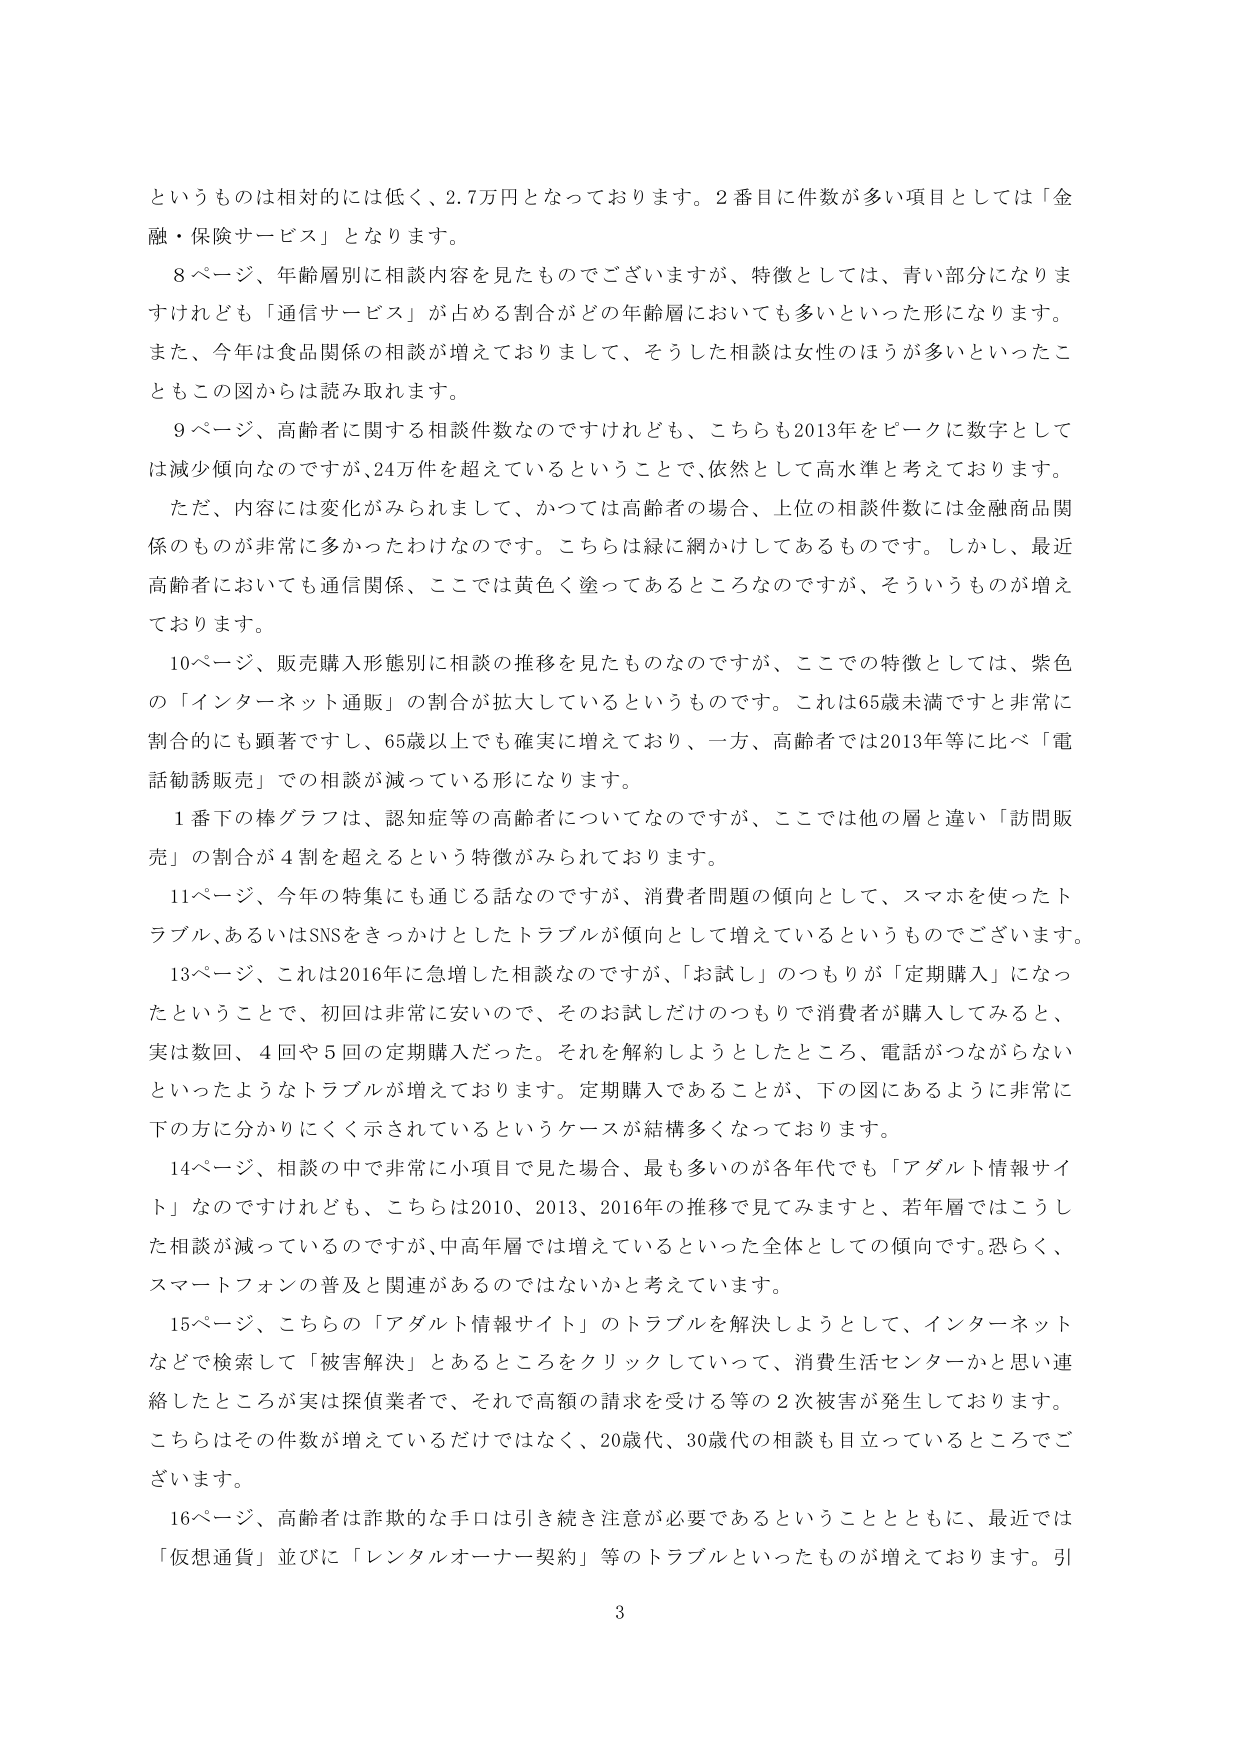
というものは相対的には低く、2.7万円となっております。2番目に件数が多い項目としては「金融・保険サービス」となります。

8ページ、年齢層別に相談内容を見たものでございますが、特徴としては、青い部分になりま
すけれども「通信サービス」が占める割合がどの年齢層においても多いといった形になります。
また、今年は食品関係の相談が増えておりまして、そうした相談は女性のほうが多いといったこ
ともこの図からは読み取れます。

9ページ、高齢者に関する相談件数なのですが、こちらも2013年をピークに数字としては減少傾向なのですが、24万件を超えているということで、依然として高水準と考えております。

ただ、内容には変化がみられまして、かつては高齢者の場合、上位の相談件数には金融商品関
係のものが非常に多かったわけなのです。こちらは緑に網かけしてあるものです。しかし、最近
高齢者においても通信関係、ここでは黄色く塗ってあるところなのですが、そういうものが増え
ております。

10ページ、販売購入形態別に相談の推移を見たものなのですが、ここでの特徴としては、紫色
の「インターネット通販」の割合が拡大しているというものです。これは65歳未満ですと非常に
割合的にも顕著ですし、65歳以上でも確実に増えており、一方、高齢者では2013年等に比べ「電
話勧誘販売」での相談が減っている形になります。

1番下の棒グラフは、認知症等の高齢者についてなのですが、ここでは他の層と違い「訪問販
売」の割合が4割を超えるという特徴がみられております。

11ページ、今年の特集にも通じる話なのですが、消費者問題の傾向として、スマホを使ったト
ラブル、あるいはSNSをきっかけとしたトラブルが傾向として増えているというものです。

13ページ、これは2016年に急増した相談なのですが、「お試し」のつもりが「定期購入」になっ
たということで、初回は非常に安いので、そのお試しだけのつもりで消費者が購入してみると、
実は数回、4回や5回の定期購入だった。それを解約しようとしたところ、電話がつながらない
といったようなトラブルが増えております。定期購入であることが、下の図にあるように非常に
下の方に分かりにくく示されているというケースが結構多くなっております。

14ページ、相談の中で非常に小項目で見た場合、最も多いのが各年代でも「アダルト情報サイ
ト」なのですが、こちらは2010、2013、2016年の推移を見てみますと、若年層ではこうし
た相談が減っているのですが、中高年層では増えているといった全体としての傾向です。恐らく、
スマートフォンの普及と関連があるのではないかと考えています。

15ページ、こちらの「アダルト情報サイト」のトラブルを解決しようとして、インターネット
などで検索して「被害解決」とあるところをクリックしていって、消費生活センターかと思い連
絡したところが実は探偵業者で、それで高額の請求を受ける等の2次被害が発生しております。
こちらはその件数が増えているだけではなく、20歳代、30歳代の相談も目立っているところでご
ざいます。

16ページ、高齢者は詐欺的な手口は引き続き注意が必要であるということとともに、最近では
「仮想通貨」並びに「レンタルオーナー契約」等のトラブルといったものが増えております。引

3